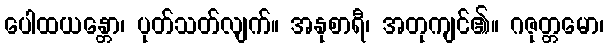
ပေါထယန္တော၊ ပုတ်သတ်လျက်။ အနုစာရီ၊ အတုကျင်၏။ ဂဇုတ္တမော၊